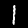
Label: 1